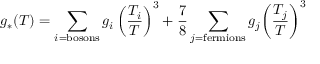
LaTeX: g _ { * } ( T ) = \sum _ { i = \mathrm { b o s o n s } } g _ { i } \left( { \frac { T _ { i } } { T } } \right) ^ { 3 } + { \frac { 7 } { 8 } } \sum _ { j = \mathrm { f e r m i o n s } } g _ { j } { \left( { \frac { T _ { j } } { T } } \right) } ^ { 3 }